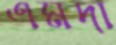
এমদা